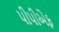
પીપીએફ